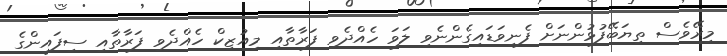
މިރޭވެސް ތިޔަބޭފުޅުންނަށް ފެނިވަޑައިގެންނެވި ލަވަ ހެއްދެވި ފަރާތާއި މިއުޒިކް ހެއްދެވި ފަރާތާއި ސިފައިންގެ